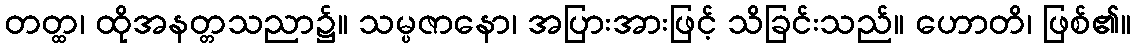
တတ္ထ၊ ထိုအနတ္တသညာ၌။ သမ္ပဇာနော၊ အပြားအားဖြင့် သိခြင်းသည်။ ဟောတိ၊ ဖြစ်၏။